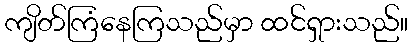
ကျိတ်ကြံနေကြသည်မှာ ထင်ရှားသည်။